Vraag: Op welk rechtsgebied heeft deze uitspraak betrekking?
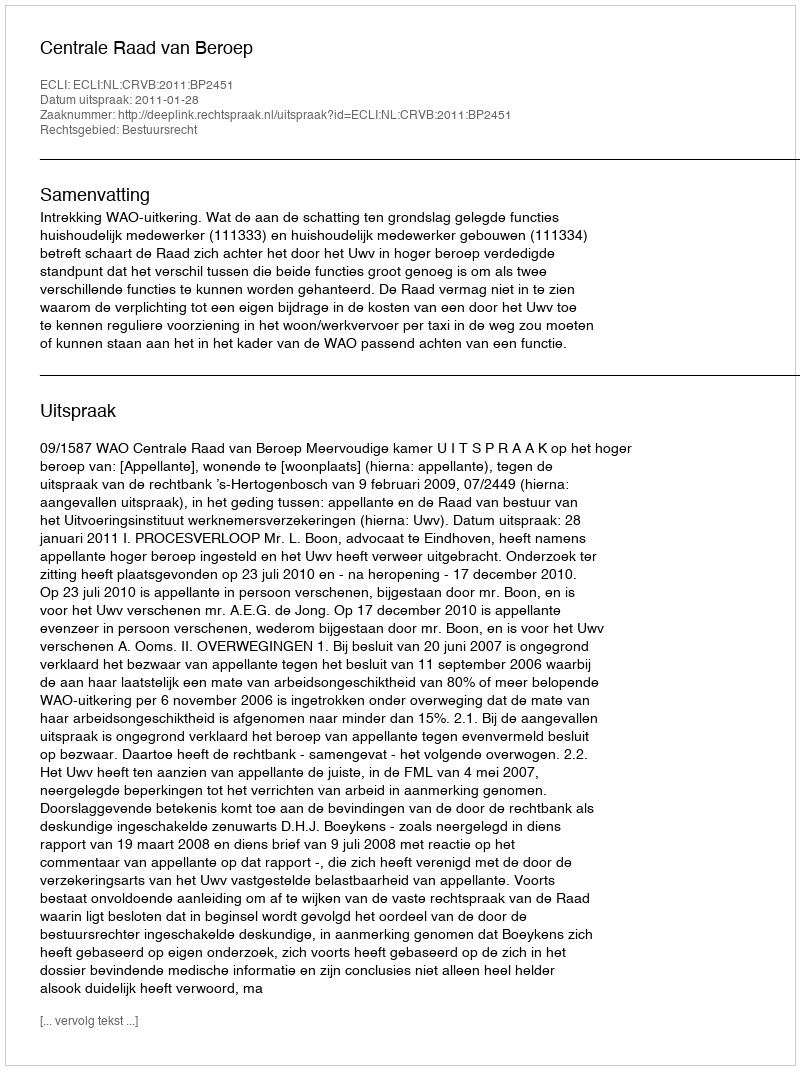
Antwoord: Bestuursrecht